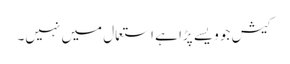
کیش جو ویسے پڑا ہے استعمال میں نہیں۔